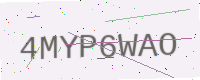
Text: 4MYP6WAO